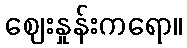
ဈေးနှုန်းကရော။